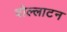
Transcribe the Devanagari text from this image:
वोल्लाटन